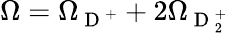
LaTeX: \Omega=\Omega_{\mathrm{~D~}^{+}}+2\Omega_{\mathrm{~D~}_{2}^{+}}